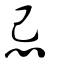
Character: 諅